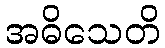
အဓိသေတိ